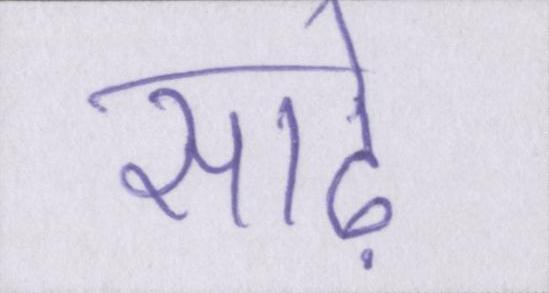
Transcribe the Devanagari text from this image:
साढ़े